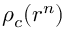
\rho _ { c } ( r ^ { n } )